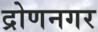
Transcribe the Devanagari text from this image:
द्रोणनगर